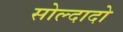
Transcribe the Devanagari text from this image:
सोल्दादो